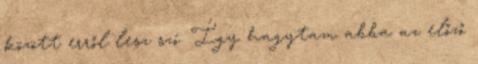
között erről lesz szó. Így hagytam abba az előző